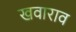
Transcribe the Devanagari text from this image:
खवाराव